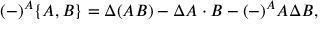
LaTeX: ( - ) ^ { A } \{ A , B \} = \Delta \! \left( A B \right) - \Delta A \cdot B - ( - ) ^ { A } A \Delta B ,